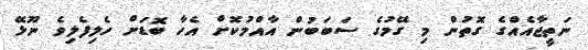
ނަތީޖާއެއްގެ ގޮތުން މި ގޭމުގެ ސަބަބުން އާއްމުކޮށް އެހާ ބޮޑަށް ހެލިފެލިވެ ނޫޅޭ